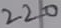
Text: 220